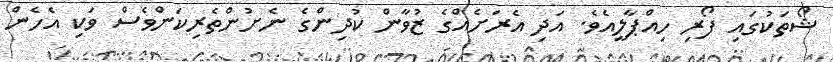
ޝޯތަކުގައި ފޯރި ހިއްޕާލީއެވެ. އަދި އެރަށެއްގެ ޒުވާން ކުދިންގެ ނެށުންތެރިކަންވެސް ވަކި އެހެން